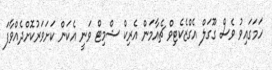
ހަމަގައިވު ވެސް ގޫގަލް އެގްޒެކެޓިވް ޗެއާމަން އެރިކް ޝްމިޓް ވަނީ އެކަން ކަށަވަރުކޮށްދެއްވާފަ